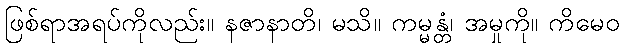
ဖြစ်ရာအရပ်ကိုလည်း။ နဇာနာတိ၊ မသိ။ ကမ္မန္တံ၊ အမှုကို။ ကိမေဝ